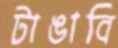
টাঙাবি